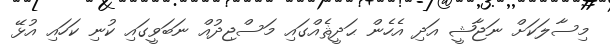
މިސާލަކަށް ނަޖާޝީ އަދި އެހެން ޙަދީޘެއްގައި މަސްޖިދުއް ނަބަވީގައި ކުނި ކަހައި އުޅޭ